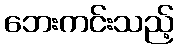
ဘေးကင်းသည့်